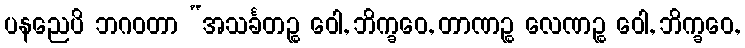
ပနညေပိ ဘဂဝတာ “အသင်္ခတဉ္စ ဝေါ, ဘိက္ခဝေ, တာဏဉ္စ လေဏဉ္စ ဝေါ, ဘိက္ခဝေ,